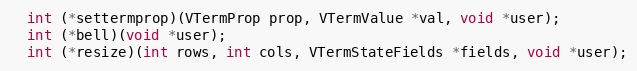
Language: C
  int (*settermprop)(VTermProp prop, VTermValue *val, void *user);
  int (*bell)(void *user);
  int (*resize)(int rows, int cols, VTermStateFields *fields, void *user);